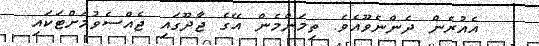
އެއުރެން ދެންނެވޫއެވެ. ތިމަންމެން އޭގެ ޖާދޫގައި ޖެއްސެވުމަށްޓަކައި